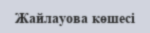
Жайлауова көшесі